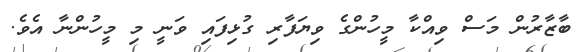
ބާޒާރުން މަސް ވިއްކާ މީހުންގެ ވިޔަފާރި ގުޅިފައި ވަނީ މި މީހުންނާ އެވެ.